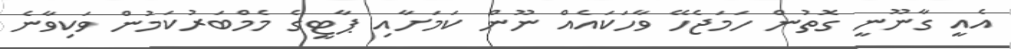
އެއީ ގާނޫނީ ގޮތުން ހަމަޖެހޭ ވާހަކައެއް ނޫން ކަމަށާއި ޕާޓީގެ މެމްބަރުކަމުން ވަކިވާނެ